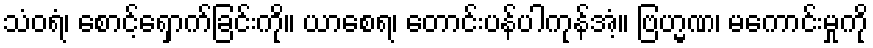
သံဝရံ၊ စောင့်ရှောက်ခြင်းကို။ ယာစေရ၊ တောင်းပန်ပါကုန်အံ့။ ဗြဟ္မဏ၊ မကောင်းမှုကို